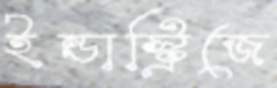
ইন্ডাস্ট্রিজে